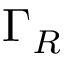
\Gamma _ { R }